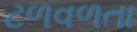
ટળવળતા